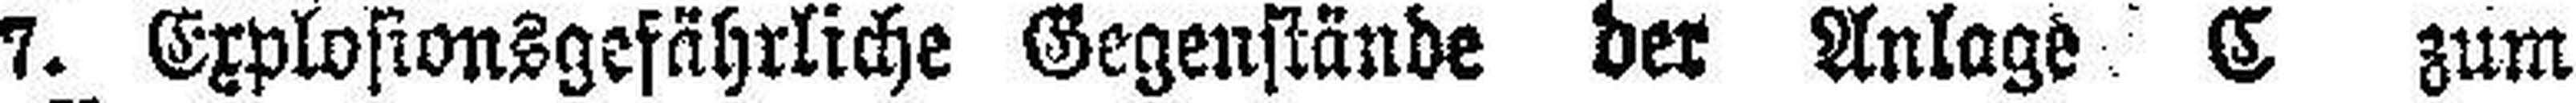
7. Explosionsgefährliche Gegenstände der Anlage C zum